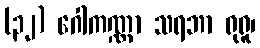
(၃၂) ဂေါကဏ္ဏာ သရဘာ ရုရူ၊